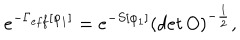
e ^ { - \Gamma _ { e f f } [ \varphi _ { 1 } ] } = e ^ { - S [ \varphi _ { 1 } ] } ( d e t \, O ) ^ { - \frac { 1 } { 2 } } ,